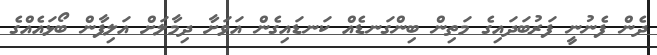
ދެން ފެނުނީ ފަރުބަދައިގެ މަތިން ބިންގަނޑެއް ކަނޑައިގެން އަވަށާ ދިމާލަށް އަލިފާން ބޯޅައެއްގެ